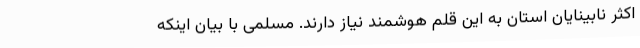
اکثر نابینایان استان به این قلم هوشمند نیاز دارند. مسلمی با بیان اینکه